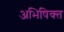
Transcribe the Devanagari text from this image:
अभिषिक्‍त